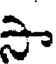
సా